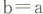
$$b = a$$